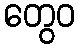
တွေဝ